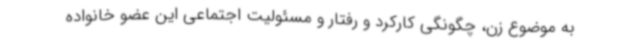
به موضوع زن، چگونگی کارکرد و رفتار و مسئولیت اجتماعی این عضو خانواده